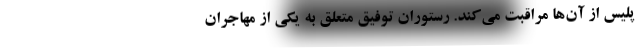
پلیس از آن‌ها مراقبت می‌کند. رستوران توفیق متعلق به یکی از مهاجران